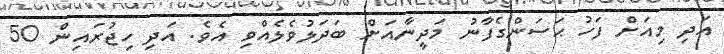
އަދި މިއަށް ފަހު ޙަސަންގެފާނު މަދީނާއަށް ބަދަލުވެލެއްވި އެވެ. އަދި ހިޖުރައިން 50